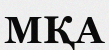
МҚА